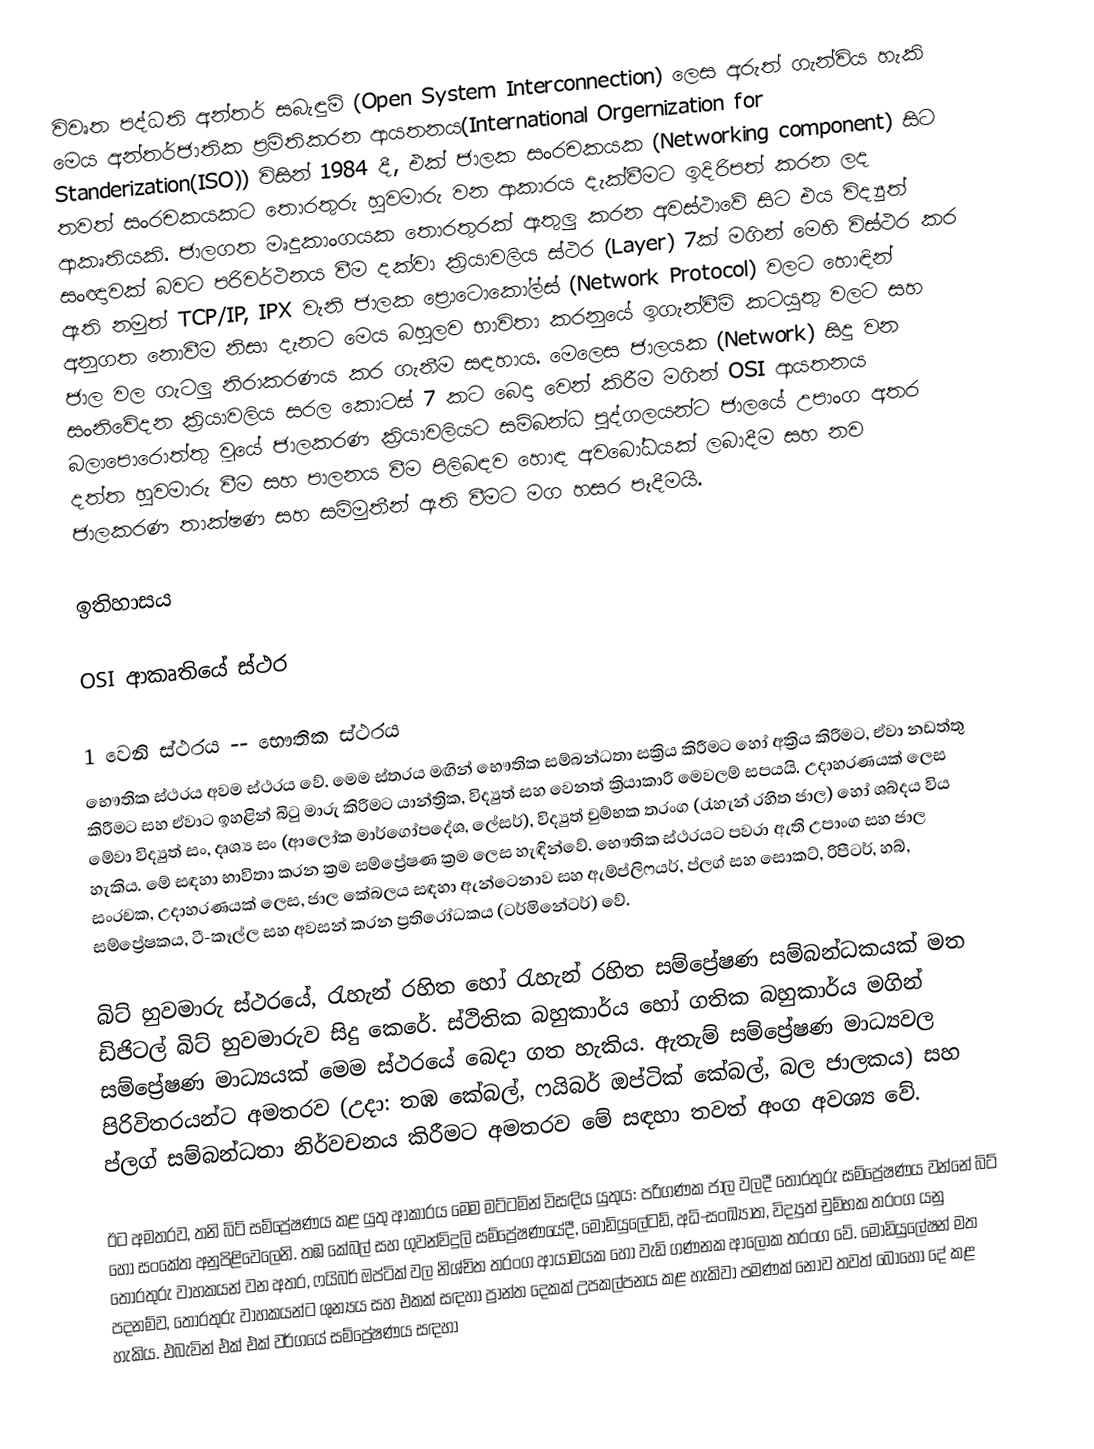
විවෘත පද්ධති අන්තර් සබැඳුම් (Open System Interconnection) ලෙස අරුත් ගැන්විය හැකි මෙය අන්තර්ජාතික ප්‍රමිතිකරන ආයතනය(International Orgernization for Standerization(ISO)) විසින් 1984 දී, එක් ජාලක සංරචකයක (Networking component) සිට තවත් සංරචකයකට තොරතුරු හුවමාරු වන ආකාරය දැක්වීමට ඉදිරිපත් කරන ලද ආකෘතියකි. ජාලගත මෘදුකාංගයක තොරතුරක් ඇතුලු කරන අවස්ථාවේ සිට එය විද්‍යුත් සංඥාවක් බවට පරිවර්ථනය වීම දක්වා ක්‍රියාවලිය ස්ථර (Layer) 7ක් මගින් මෙහි විස්ථර කර ඇති නමුත් TCP/IP, IPX වැනි ජාලක ප්‍රොටොකෝල්ස් (Network Protocol) වලට හොඳින් අනුගත නොවීම නිසා දැනට මෙය බහුලව භාවිතා කරනුයේ ඉගැන්වීම් කටයුතු වලට සහ ජාල වල ගැටලු නිරාකරණය කර ගැනීම සඳහාය. මෙලෙස ජාලයක (Network) සිදු වන සංනිවේදන ක්‍රියාවලිය සරල කොටස් 7 කට බෙදා වෙන් කිරීම මගින් OSI ආයතනය බලාපොරොත්තු වූයේ ජාලකරණ ක්‍රියාවලියට සම්බන්ධ පුද්ගලයන්ට ජාලයේ උපාංග අතර දත්ත හුවමාරු වීම සහ පාලනය වීම පිලිබඳව හොඳ අවබෝධයක් ලබාදීම සහ නව ජාලකරණ තාක්ෂණ සහ සම්මුතීන් ඇති වීමට මග හසර පෑදීමයි.

ඉතිහාසය

OSI ආකෘතියේ ස්ථර

1 වෙනි ස්ථරය -- භෞතික ස්ථරය
භෞතික ස්ථරය අවම ස්ථරය වේ. මෙම ස්තරය මඟින් භෞතික සම්බන්ධතා සක්‍රිය කිරීමට හෝ අක්‍රිය කිරීමට, ඒවා නඩත්තු කිරීමට සහ ඒවාට ඉහළින් බිටු මාරු කිරීමට යාන්ත්‍රික, විද්‍යුත් සහ වෙනත් ක්‍රියාකාරී මෙවලම් සපයයි. උදාහරණයක් ලෙස මේවා විද්‍යුත් සං, දෘශ්‍ය සං  (ආලෝක මාර්ගෝපදේශ, ලේසර්), විද්‍යුත් චුම්භක තරංග (රැහැන් රහිත ජාල) හෝ ශබ්දය විය හැකිය. මේ සඳහා භාවිතා කරන ක්‍රම සම්ප්‍රේෂණ ක්‍රම ලෙස හැඳින්වේ. භෞතික ස්ථරයට පවරා ඇති උපාංග සහ ජාල සංරචක, උදාහරණයක් ලෙස, ජාල කේබලය සඳහා ඇන්ටෙනාව සහ ඇම්ප්ලිෆයර්, ප්ලග් සහ සොකට්, රිපීටර්, හබ්, සම්ප්‍රේෂකය, ටී-කෑල්ල සහ අවසන් කරන ප්‍රතිරෝධකය (ටර්මිනේටර්) වේ.

බිට් හුවමාරු ස්ථරයේ, රැහැන් රහිත හෝ රැහැන් රහිත සම්ප්‍රේෂණ සම්බන්ධකයක් මත ඩිජිටල් බිට් හුවමාරුව සිදු කෙරේ. ස්ථිතික බහුකාර්ය හෝ ගතික බහුකාර්ය මගින් සම්ප්‍රේෂණ මාධ්‍යයක් මෙම ස්ථරයේ බෙදා ගත හැකිය. ඇතැම් සම්ප්‍රේෂණ මාධ්‍යවල පිරිවිතරයන්ට අමතරව (උදා: තඹ කේබල්, ෆයිබර් ඔප්ටික් කේබල්, බල ජාලකය) සහ ප්ලග් සම්බන්ධතා නිර්වචනය කිරීමට අමතරව මේ සඳහා තවත් අංග අවශ්‍ය වේ.

ඊට අමතරව, තනි බිට් සම්ප්‍රේෂණය කළ යුතු ආකාරය මෙම මට්ටමින් විසඳිය යුතුය: පරිගණක ජාල වලදී තොරතුරු සම්ප්‍රේෂණය වන්නේ බිට් හෝ සංකේත අනුපිළිවෙලෙනි. තඹ කේබල් සහ ගුවන්විදුලි සම්ප්‍රේෂණයේදී, මොඩියුලේටඩ්, අධි-සංඛ්‍යාත, විද්‍යුත් චුම්භක තරංග යනු තොරතුරු වාහකයන් වන අතර, ෆයිබර් ඔප්ටික් වල නිශ්චිත තරංග ආයාමයක හෝ වැඩි ගණනක ආලෝක තරංග වේ. මොඩියුලේෂන් මත පදනම්ව, තොරතුරු වාහකයන්ට ශුන්‍යය සහ එකක් සඳහා ප්‍රාන්ත දෙකක් උපකල්පනය කළ හැකිවා පමණක් නොව තවත් බොහෝ දේ කළ හැකිය. එබැවින් එක් එක් වර්ගයේ සම්ප්‍රේෂණය සඳහා